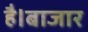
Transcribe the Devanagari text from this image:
है।बाजार